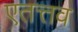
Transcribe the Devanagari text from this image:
एतत्तव